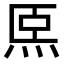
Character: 𤇴